Annual administration report of the Civil Veterinary Department of India - 1896-1897
Year: 1896
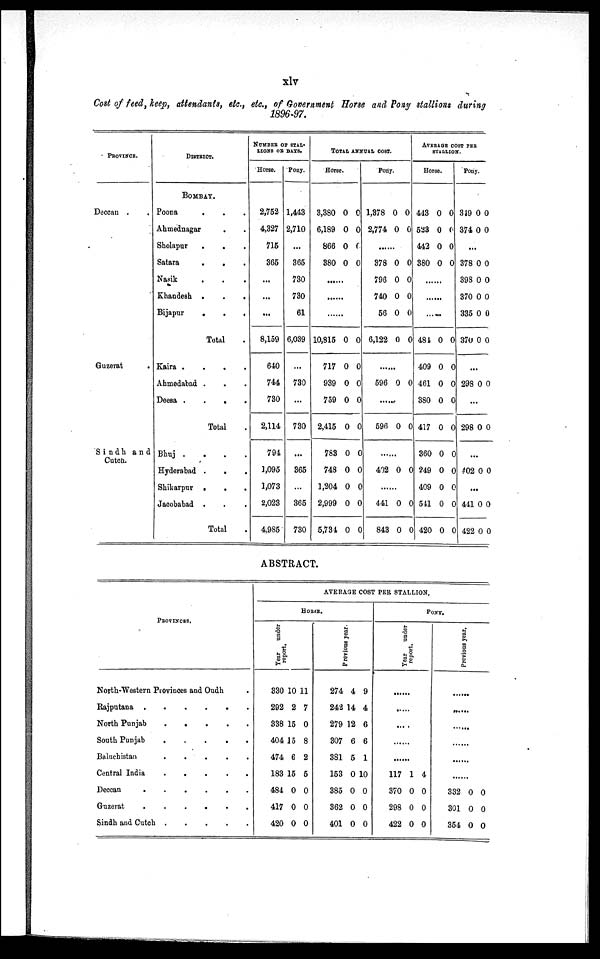
xlv
Cost of feed, keep, attendants, etc., etc., of Government Horse and Pony stallions during
1896-97.
PROVINCE.
Deccan . .
Guzerat
.
Sindh and
Cutch.
DISTRICT.
BOMBAY.
Poona . . .
Ahmednagar . .
Sholapur . . .
Satara
.
.
.
Nasik
.
.
.
Khandesh
.
.
.
Bijapur
.
.
.
Total .
Kaira
.
.
.
.
Ahmedabad . . .
Deesa
.
.
.
.
Total .
Bhuj
.
.
.
.
Hyderabad
.
.
.
Shikarpur . . .
Jacobabad . . .
Total .
NUMBER OF STAL-
LIONS OF DAYS.
Horse.
2,752
4,327
715
365
...
...
...
8,159
640
744
730
2,114
794
1,095
1,073
2,023
4,985
Pony.
1,443
2,710
...
365
730
730
61
6,039
...
730
...
730
...
365
...
365
730
TOTAL ANNUAL COST.
Horse.
3,380 0 0
6,189 0 0
866 0 0
380 0 0
. . . . . .
. . . . . .
. . . . . .
10,815 0 0
717 0 0
939 0 0
759 0 0
2,415 0 0
783 0 0
748 0 0
1,204 0 0
2,999 0 0
5,734 0 0
Pony.
1,378 0 0
2,774 0 0
. . . . . .
378 0 0
796 0 0
740 0 0
56 0 0
6,122 0 0
. . . . . .
596 0 0
. . . . . .
596 0 0
. . . . . .
402 0 0
. . . . . .
441 0 0
843 0 0
AVERAGE COST PER
STALLION.
Horse.
443 0 0
523 0 0
442 0 0
380 0 0
. . . . . .
. . . . . .
. . . . . .
484 0 0
409 0 0
461 0 0
380 0 0
417 0 0
360 0 0
249 0 0
409 0 0
541 0 0
420 0 0
Pony.
349 0 0
374 0 0
...
378 0 0
398 0 0
370 0 0
335 0 0
370 0 0
...
298 0 0
...
298 0 0
...
402 0 0
441 0 0
422 0 0
ABSTRACT.
PROVINCES.
North-Western Provinces and Oudh .
Rajputana
.
.
.
.
.
.
North Punjab
South Punjab
Baluchistan
.
.
.
.
.
Central India
.
.
.
.
.
Deccan
.
.
.
.
.
.
Guzerat
.
.
.
.
.
.
Sindh and Cutch
.
.
.
.
.
AVERAGE COST PER STALLION.
HORSE.
Year
under
report.
330 10 11
292 2 7
338 15 0
404 15 8
474 6 2
183 15 5
484 0 0
417 0 0
420 0 0
Previous year.
274 4 9
242 14 4
279 12 6
307 6 6
381 5 1
153 0 10
385 0 0
362 0 0
401 0 0
PONY.
Year
under
report.
......
......
......
......
......
117 1 4
370 0 0
298 0 0
422 0 0
Previous year.
......
......
......
......
......
332 0 0
301 0 0
354 0 0